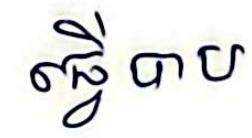
ធ្វើ បាប